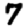
Digit: 7